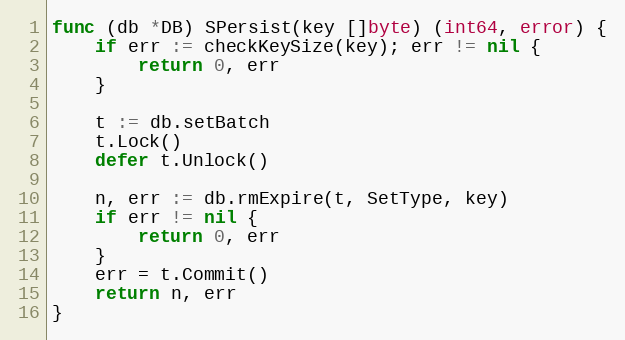
Language: Go
func (db *DB) SPersist(key []byte) (int64, error) {
	if err := checkKeySize(key); err != nil {
		return 0, err
	}

	t := db.setBatch
	t.Lock()
	defer t.Unlock()

	n, err := db.rmExpire(t, SetType, key)
	if err != nil {
		return 0, err
	}
	err = t.Commit()
	return n, err
}